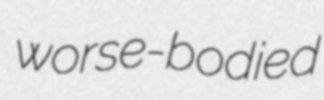
worse-bodied